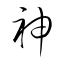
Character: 神